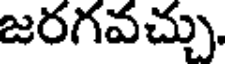
జరగవచ్చు.